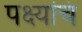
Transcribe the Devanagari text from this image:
पक्ष्यांचं